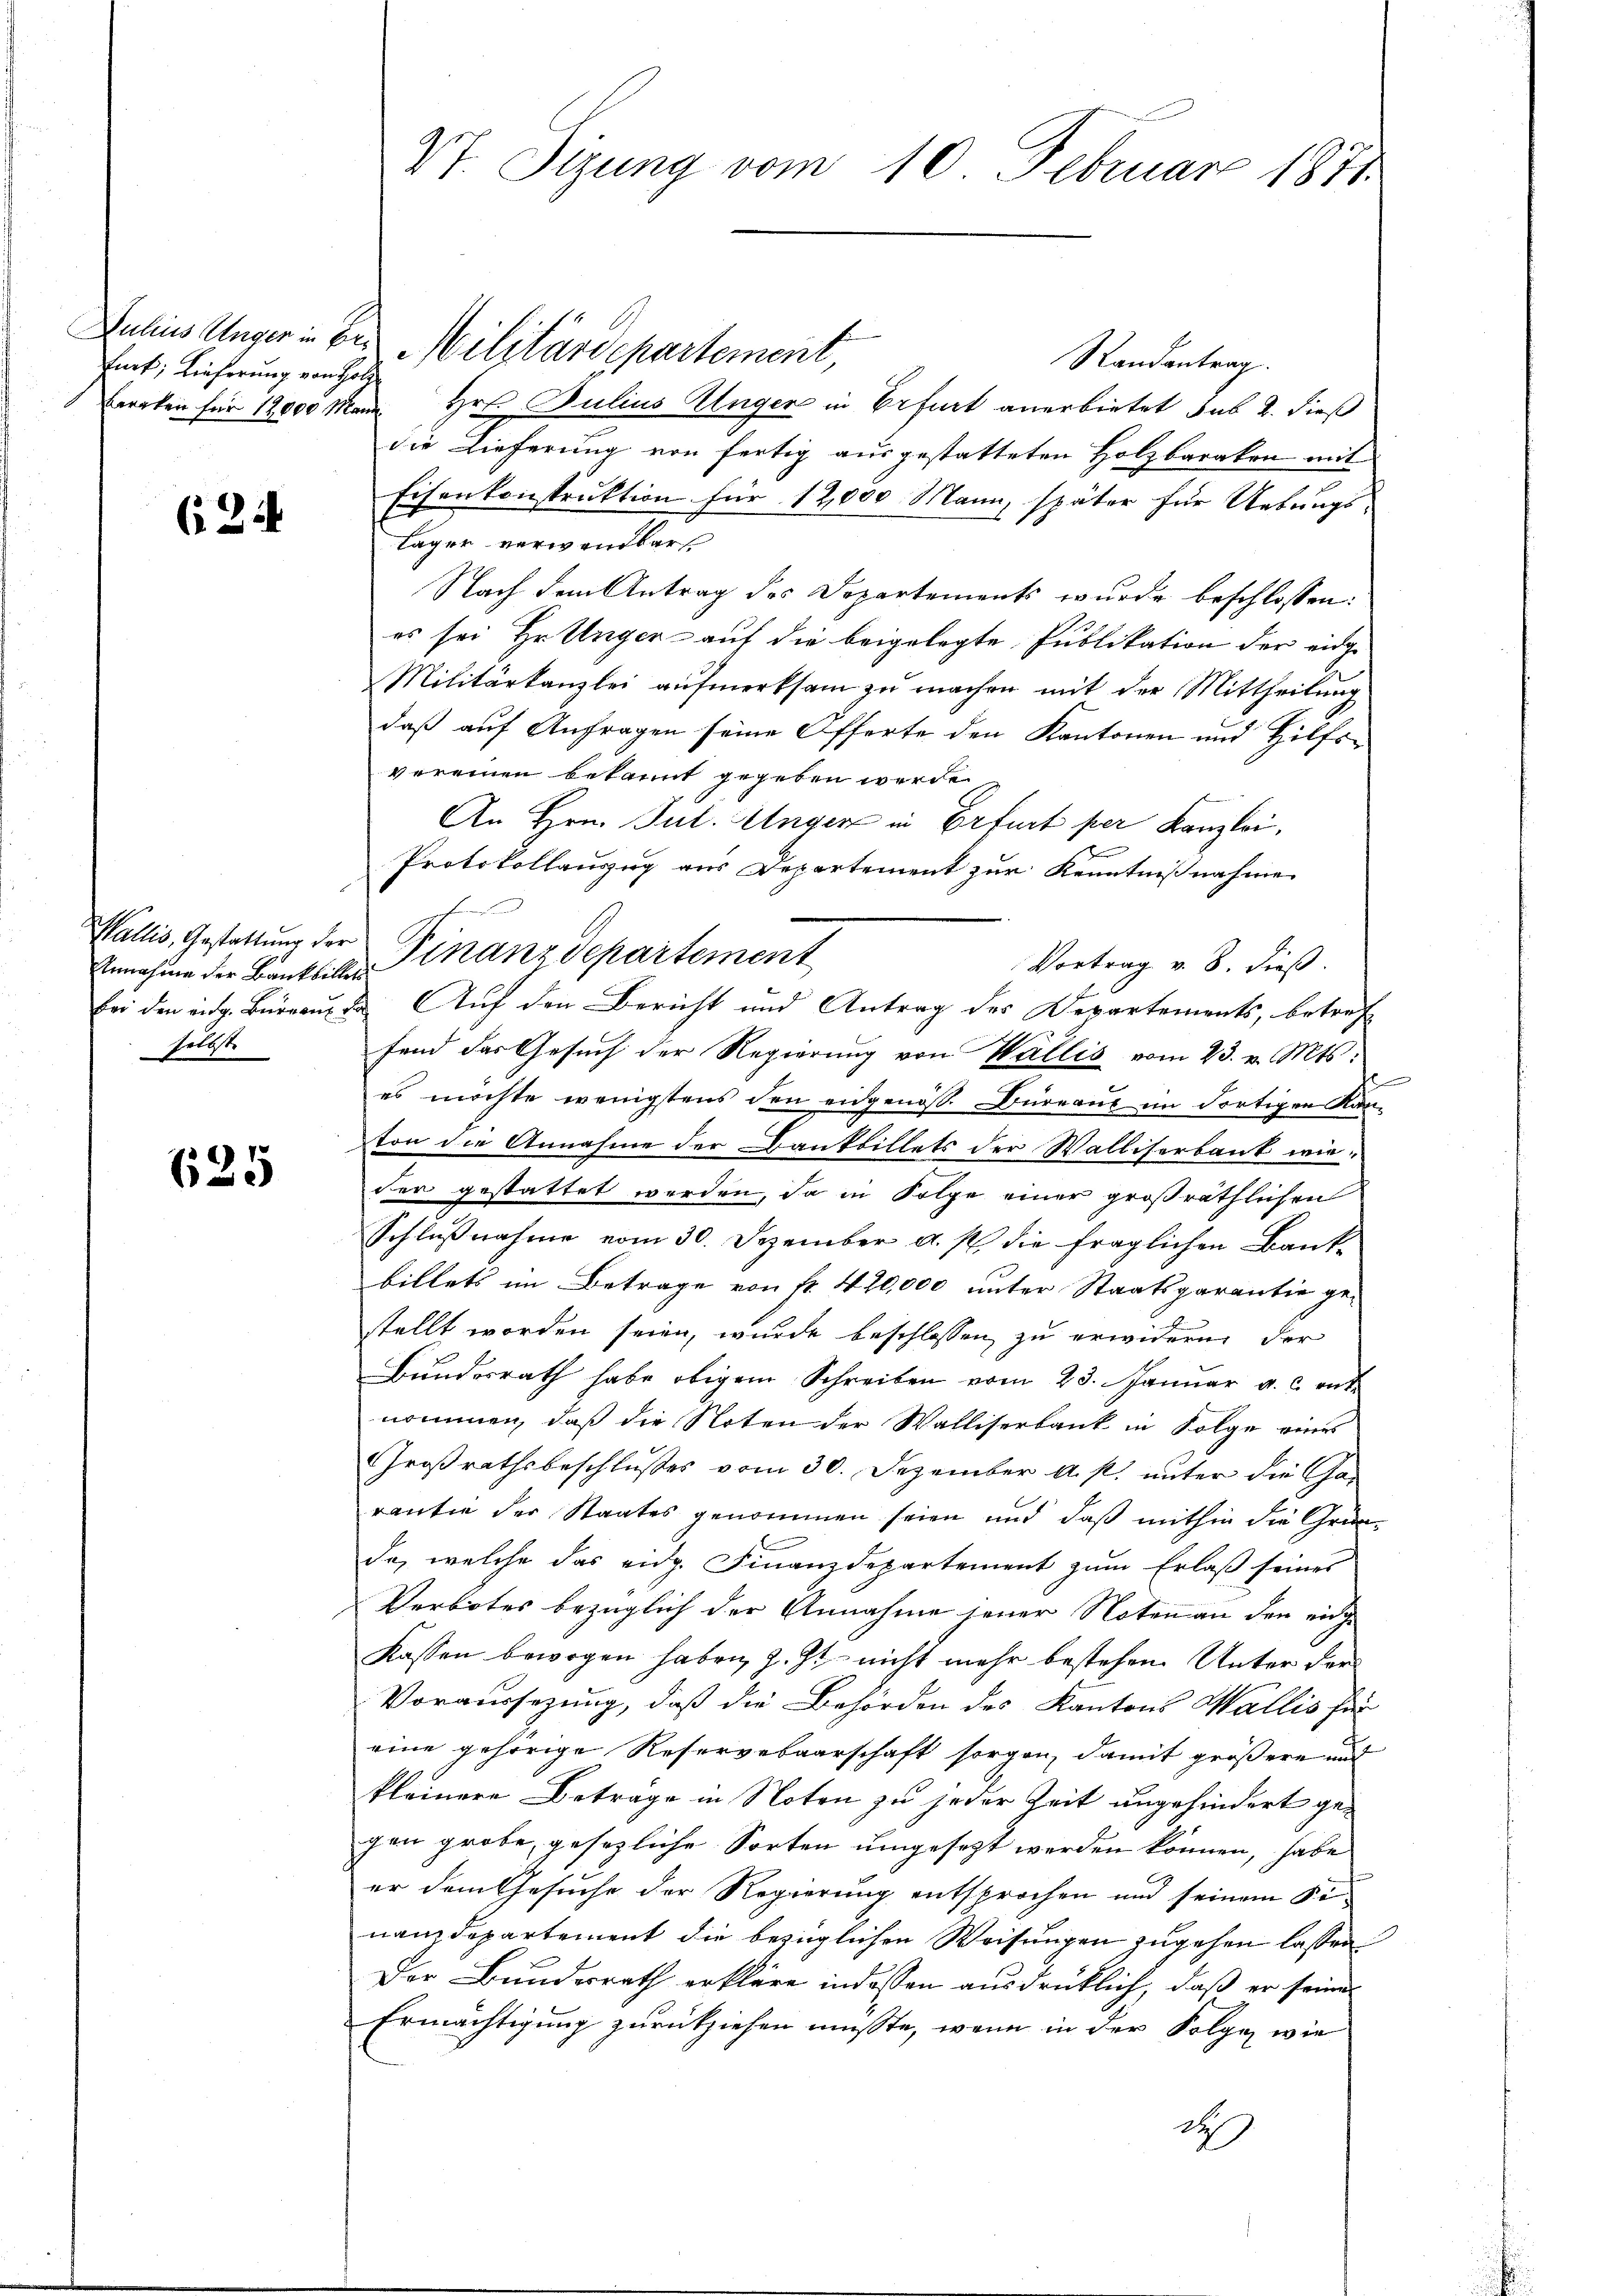
furt, Lieferung von Hold

624

Wallis, Gestattung der
selbste

625

Vt. Sizung vom 10. Februar 1871

Randantrag.
Berrten für 12000 Mann Hrn. Julius Unger in Erfurt anerbietet sub 2. dieß
die Lieferung von fertig ausgestatteten Holzbaraken mit
Eisenkonstruktion für 12,000 Mann, später für Uebungs-
läger verwandbar.
Nach dem Antrag des Departements wurde beschlossen:
es sei Hr Unger auf die beigelegte Publikation der eidge
Militärkanzlei aŭfmerksam zu machen mit der Mittheilung
daß auf Anfragen seine Offerte den Kantonen und Hilfsvereinen bekannt gegeben werde.
An Hrn. Jul. Unger in Erfurt per Kanzlei,
Protokollauszug aus Departement zur Kenntnißnahme
Vortrag v. 8. dieß.
Bei den eidg. Büreau da Auf den Bericht und Antrag des Departements, betref
fend des Gesuch der Regierung von Wallis vom 23. v. Mts:
e
es möchte wenigstens den eidgenoß. Bureau im dortigen Kanton die Annahme der Dankbillets der Walliserbank wie-
der gestattet werden, da in Folge einer großräthlichen
Schlußnahme vom 30. Dezember a. p. die fraglichen Bankbillets im Betrage von Nr. 420,000 unter Staatsgarantie gestellt worden seien, wurde beschlossen, zu erwidern der
Bundesrath habe obigem Schreiben vom 23. Januar a. c. ent
nommen, daß die Noten der Walliserbank in Folge eines
Großrathsbeschlusses vom 30. Dezember a. s. unter die Garantie der Staates genommen seien und daß mithin die Gründa, welche das eidg. Finanzdepartement zum Erlaß seines
Verbotes bezüglich der Annahme jener Noten an den einge
Kassen bewogen haben, z. Zt. nicht mehr bestehen. Unter der
Voraussezung, daß die Behörden des Kantons Wallis für
eine gehörige Reservebaarschaft sorgen, damit größere und
kleinere Beträge in Noten zu jeder Zeit ungehindert gegen grobe, gesezliche Sorten umgesetzt werden können, habe
er dem Gesuche der Regierung entsprochen und seinem Finanzdepartement die bezüglichen Weisungen zugehen lassen
Der Bundesrath erkläre indessen ausdrücklich, daß er seine
Ermächtigung zurückziehen müsste, wenn in der Folge wie
da

Julius Unger in der Militärdepartement,

Annahme der Bankfillen Finanzdepartement